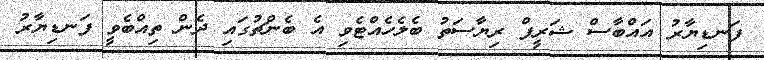
ފަނޑިޔާރު އައްބާސް ޝަރީފް ރިޔާސަތު ބެލެހެއްޓެވި އެ ބެންޗުގައި ދެން ތިއްބެވީ ފަނޑިޔާރު